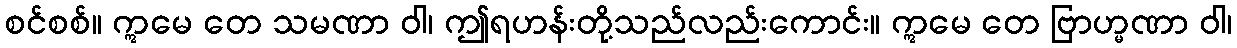
စင်စစ်။ ဣမေ တေ သမဏာ ဝါ၊ ဤရဟန်းတို့သည်လည်းကောင်း။ ဣမေ တေ ဗြာဟ္မဏာ ဝါ၊